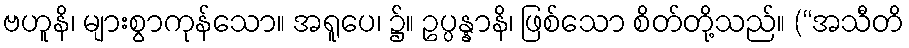
ဗဟူနိ၊ များစွာကုန်သော။ အရူပေ၊ ၌။ ဥပ္ပန္နာနိ၊ ဖြစ်သော စိတ်တို့သည်။ (“အသီတိ